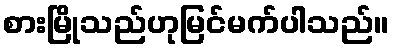
စားမြိုသည်ဟုမြင်မက်ပါသည်။